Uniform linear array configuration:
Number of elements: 32
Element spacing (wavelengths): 0.5
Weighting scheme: exponential
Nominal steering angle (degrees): -60
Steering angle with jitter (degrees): -60.203
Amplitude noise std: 0.05
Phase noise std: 0.05

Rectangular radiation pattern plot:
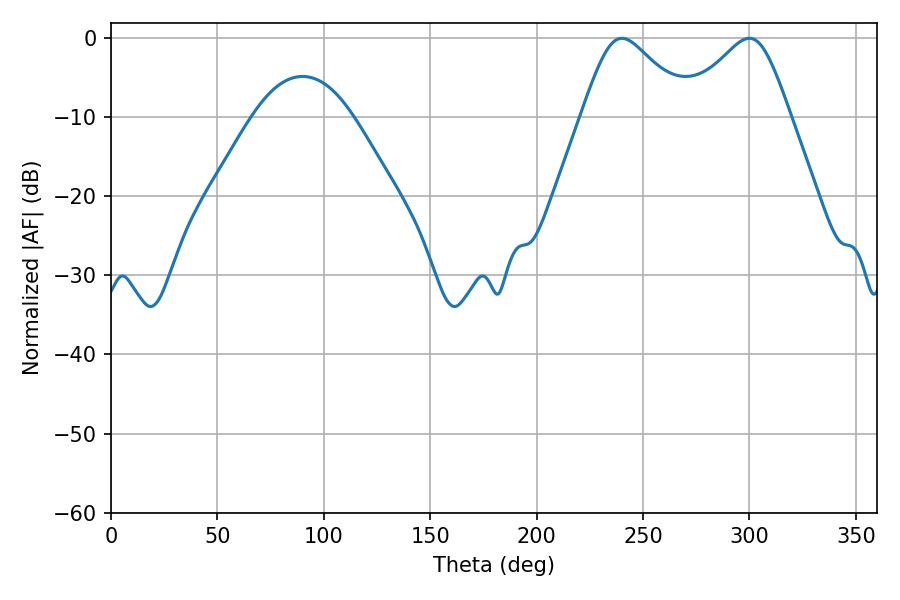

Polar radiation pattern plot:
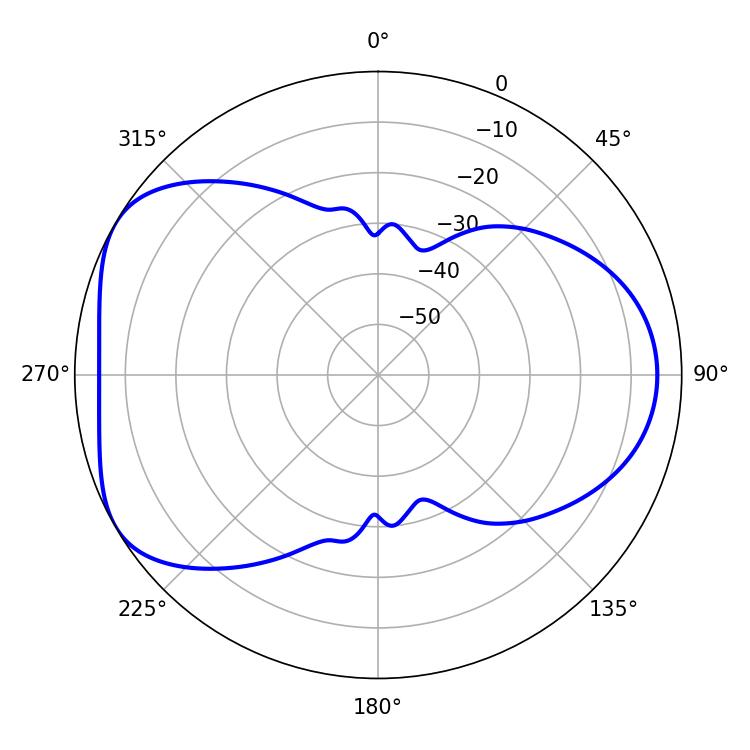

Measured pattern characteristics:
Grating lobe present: FALSE
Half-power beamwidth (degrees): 25.02
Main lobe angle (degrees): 240.12